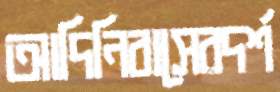
আদিনিবাসেরদর্শ